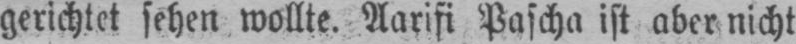
gerichtet sehen wollte. Aarifi Pascha ist aber nicht